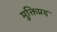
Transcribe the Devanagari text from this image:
मुक्तिप्रद